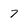
Character: 7